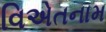
વિએતનામ